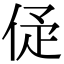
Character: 𠈴